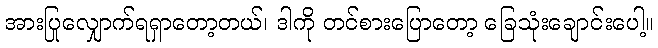
အားပြုလျှောက်ရရှာတော့တယ်၊ ဒါကို တင်စားပြောတော့ ခြေသုံးချောင်းပေါ့။